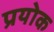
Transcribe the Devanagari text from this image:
प्रयोक